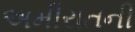
અમીરાતની